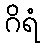
ဂိရံ